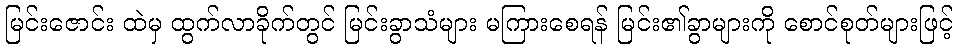
မြင်းဇောင်း ထဲမှ ထွက်လာခိုက်တွင် မြင်းခွာသံများ မကြားစေရန် မြင်း၏ခွာများကို စောင်စုတ်များဖြင့်